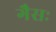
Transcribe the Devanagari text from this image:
गैसः